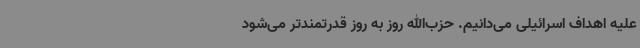
علیه اهداف اسرائیلی می‌دانیم. حزب‌الله روز به روز قدرتمندتر می‌شود